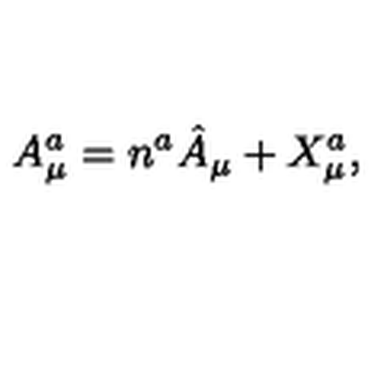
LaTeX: A _ { \mu } ^ { a } = n ^ { a } \hat { A } _ { \mu } + X _ { \mu } ^ { a } ,